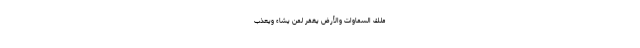
مُلْكُ السَّمَاوَاتِ وَالْأَرْضِ يَغْفِرُ لِمَنْ يَشَاءُ وَيُعَذِّبُ